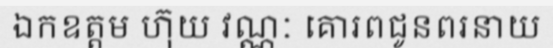
ឯកឧត្តម ហ៊ុយ វណ្ណៈ គោរពជូនពរនាយ